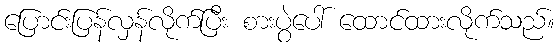
ပြောင်းပြန်လှန်လိုက်ပြီး စားပွဲပေါ် ထောင်ထားလိုက်သည်။